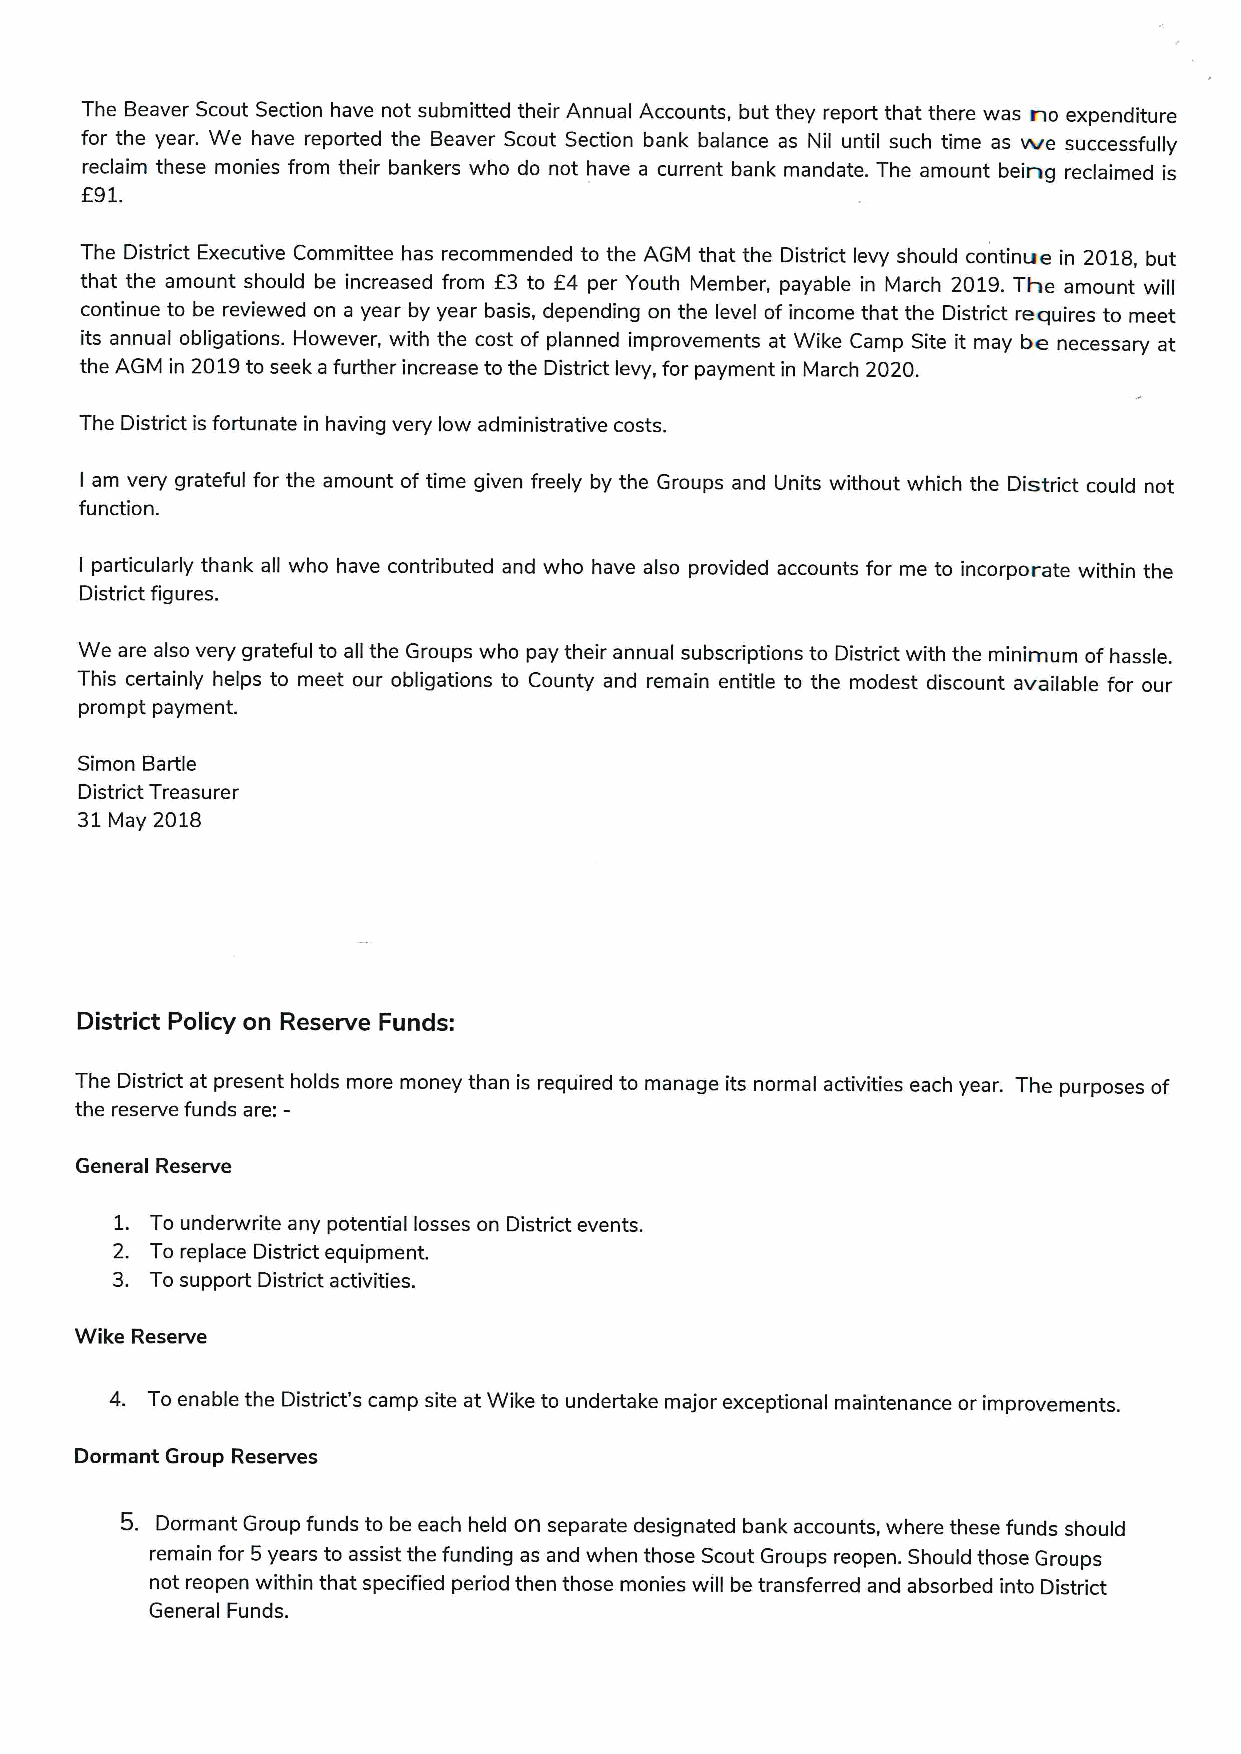
The Beaver Scout Section have not submitted their Annual Accounts, but they report that there was no expenditure
 for the year. We have reported the Beaver Scout Section bank balance as Nil until such time as vie successfully
 reclaim these monies from their bankers who do not have a current bank mandate. The amount being reclaimed is
 f91.
 The District Executive Committee has recommended to the AGM that the District levy should continue in 2018, but
 that the amount should be increased from f3 to E4 per Youth Member, payable in March 2019.The amount will
 continue to be reviewed on a year by year basis, depending on the level of income that the District reciuires to meet
 its annual obligations. However, with the cost of planned improvements at Wike Camp Site it may be necessary at
 the AGM in 2019to seek a further increase to the District levy, for payment in March 2020.
 The District is fortunate in having very low administrative costs.
 I am very grateful for the amount of time given freely by the Groups and Units without which the District could not
 function.
 I particularly thank all who have contributed and who have also provided accounts for me to incorporate within the
 District figures.
 We are also very grateful to all the Groups who pay their annual subscriptions to District with the minimum of hassle.
 This certainly helps to meet our obligations to County and remain entitle to the modest discount available for our
 prompt payment.
 Simon Bartle
 District Treasurer
 31   2018
 May
 District Policy on Reserve Funds:
 The District at present holds more money than is required to manage its normal activities each year. The purposes of
 the reserve funds are:—
 General Reserve
 1. To underwrite any potential losses on District events.
 2. To replace District equipment.
 3. To support District activities.
 Wike Reserve
 4. To enable the District's camp site at Wike to undertake major exceptional maintenance or improvements.
 Dormant Group Reserves
 5. Dormant Group funds to be each held on separate designated bank accounts, where these funds should
 remain for 5years to assist the funding as and when those Scout Groups reopen. Should those Groups
 not reopen within that specified period then those monies will be transferred and absorbed into District
 General Funds.